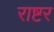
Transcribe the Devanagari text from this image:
राष्टर